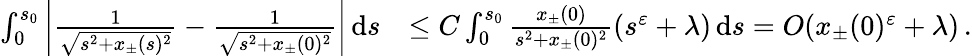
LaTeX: \begin{array}{rl}{\int_{0}^{s_{0}}\left\vert\frac{1}{\sqrt{s^{2}+x_{\pm}(s)^{2}}}-\frac{1}{\sqrt{s^{2}+x_{\pm}(0)^{2}}}\right\vert\, \textnormal{d}s}&{\leq C\int_{0}^{s_{0}}\frac{x_{\pm}(0)}{s^{2}+x_{\pm}(0)^{2}}(s^{\varepsilon}+\lambda)\, \textnormal{d}s=O(x_{\pm}(0)^{\varepsilon}+\lambda)\, .}\end{array}